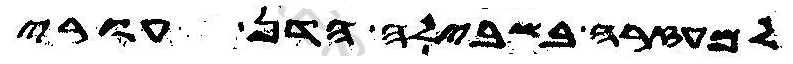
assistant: למעזרה בשבילה הדן עורי